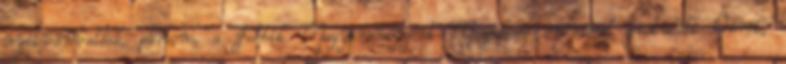
nyilvánvalóak, pártom, a Jobbik Magyarországért Mozgalom örömmel gratulált Önnek,